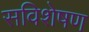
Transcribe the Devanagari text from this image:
सविशेषण